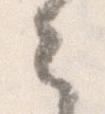
々